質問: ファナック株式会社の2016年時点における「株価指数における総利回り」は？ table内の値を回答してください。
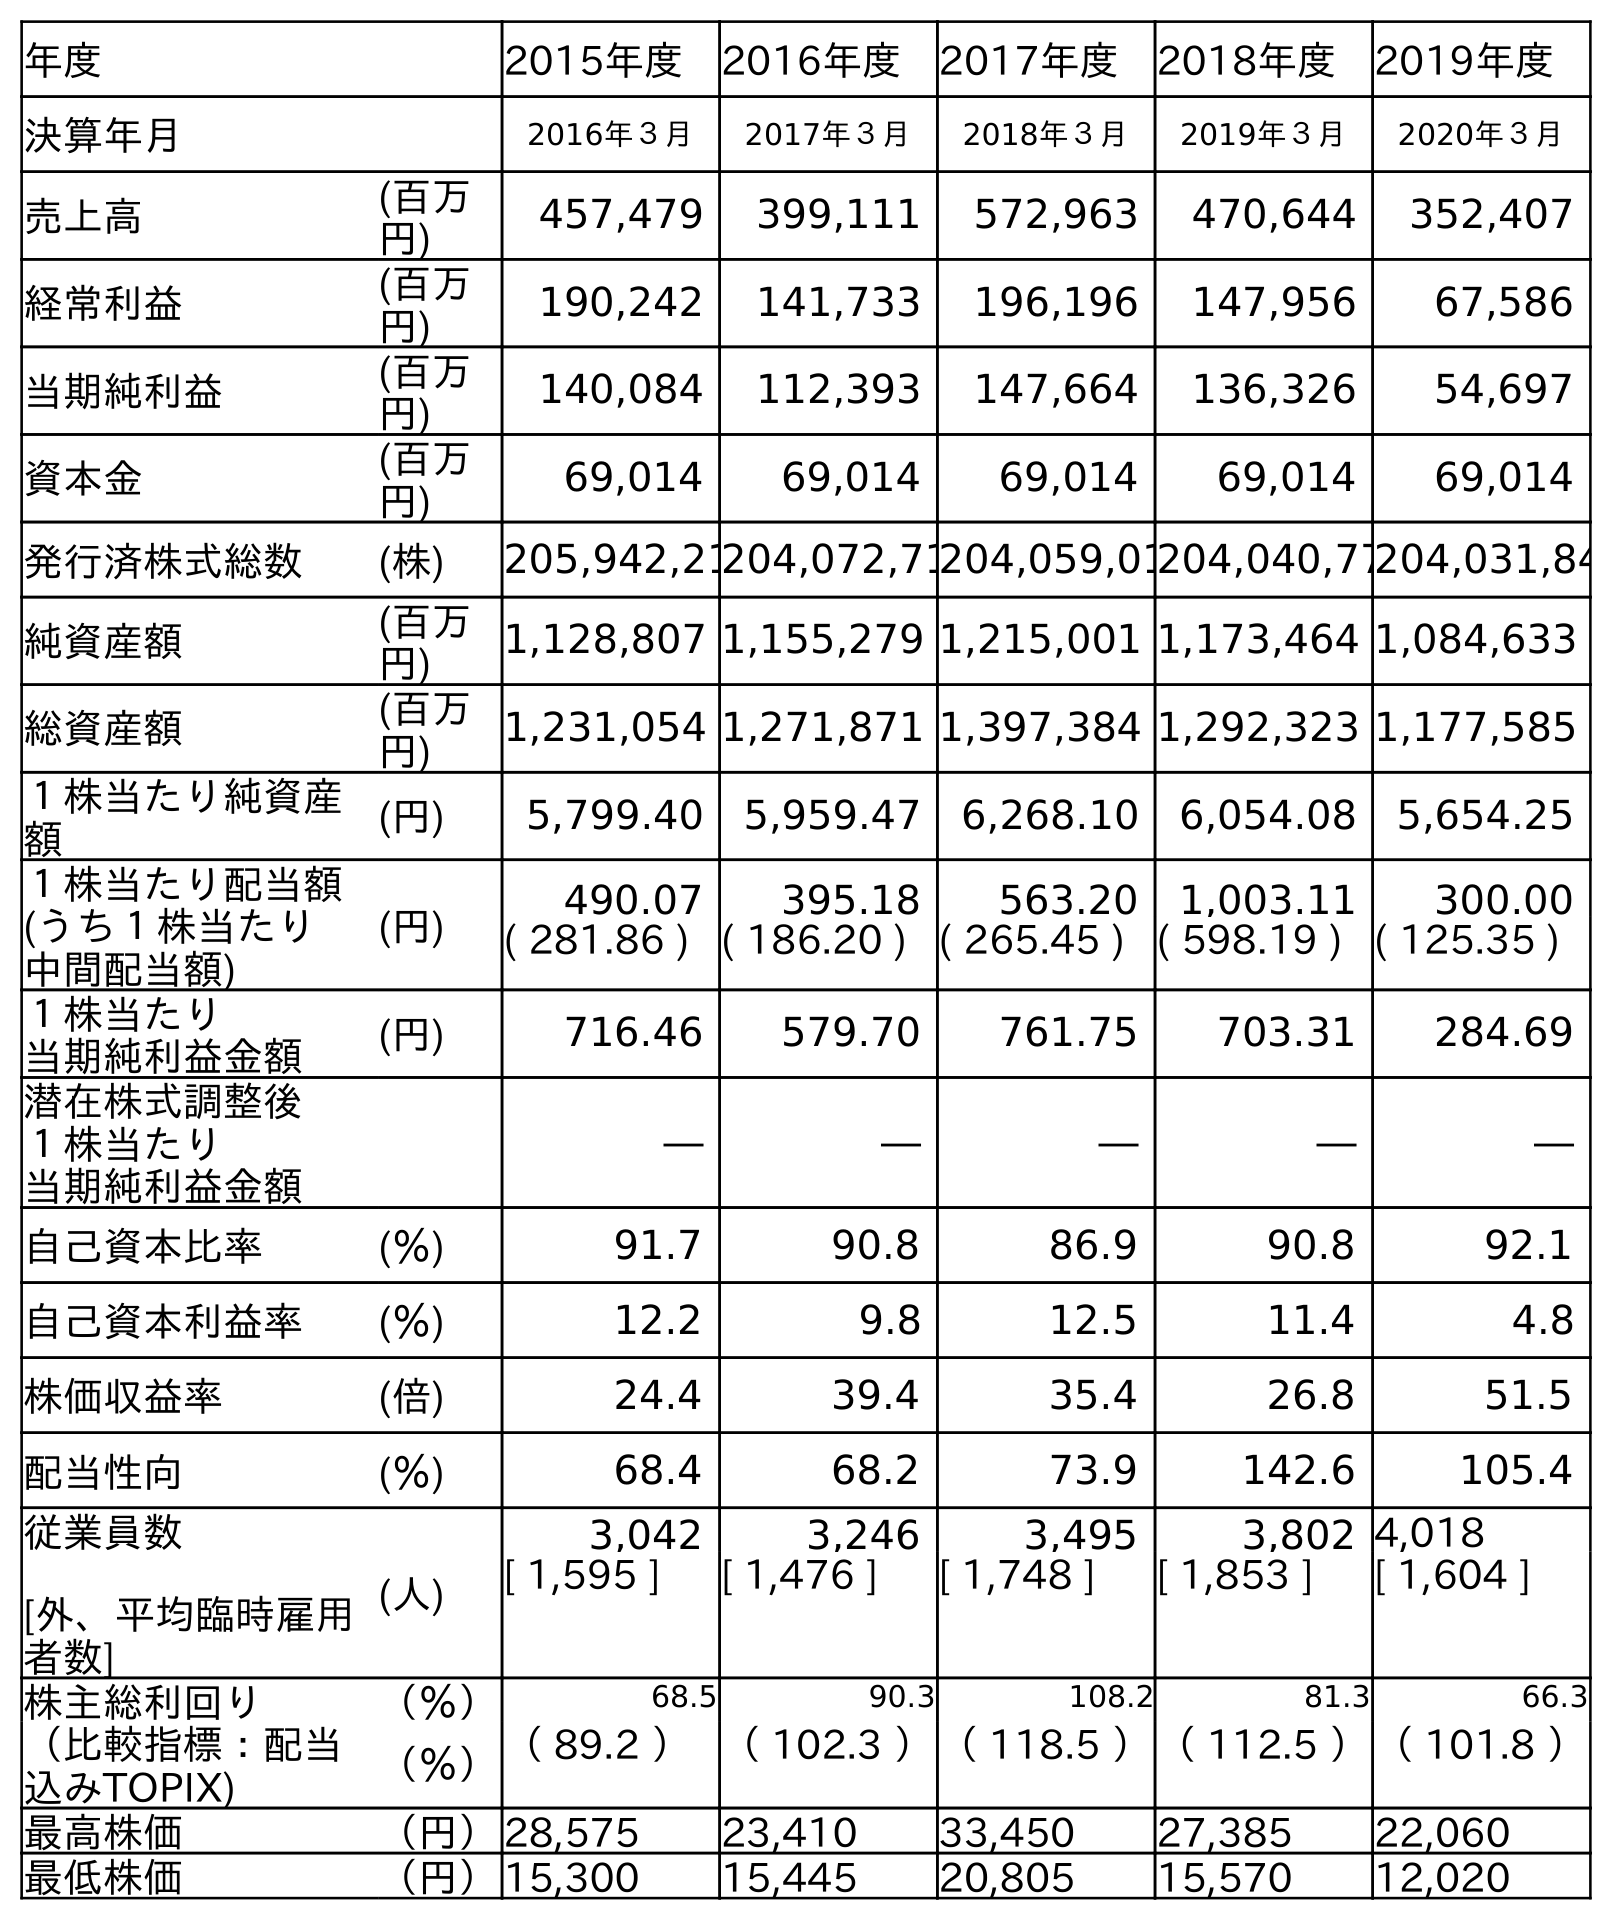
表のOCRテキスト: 年度 2015年度 2016年度 2017年度 2018年度 2019年度 決算年月 2016年３月 2017年３月 2018年３月 2019年３月 2020年３月 売上高 (百万 円) 457,479 399,111 572,963 470,644 352,407 経常利益 (百万 円) 190,242 141,733 196,196 147,956 67,586 当期純利益 (百万 円) 140,084 112,393 147,664 136,326 54,697 資本金 (百万 円) 69,014 69,014 69,014 69,014 69,014 発行済株式総数 (株) 205,942,21204,072,71204,059,01204,040,77204,031,84 純資産額 (百万 円) 1,128,807 1,155,279 1,215,001 1,173,464 1,084,633 総資産額 (百万 円) 1,231,054 1,271,871 1,397,384 1,292,323 1,177,585 １株当たり純資産 額 (円) 5,799.40 5,959.47 6,268.10 6,054.08 5,654.25 １株当たり配当額 (うち１株当たり 中間配当額) (円) 490.07 395.18 563.20 1,003.11 300.00 ( 281.86 ) ( 186.20 ) ( 265.45 ) ( 598.19 ) ( 125.35 ) １株当たり 当期純利益金額 (円) 716.46 579.70 761.75 703.31 284.69 潜在株式調整後 １株当たり 当期純利益金額 ― ― ― ― ― 自己資本比率 (％) 91.7 90.8 86.9 90.8 92.1 自己資本利益率 (％) 12.2 9.8 12.5 11.4 4.8 株価収益率 (倍) 24.4 39.4 35.4 26.8 51.5 配当性向 (％) 68.4 68.2 73.9 142.6 105.4 従業員数 [外、平均臨時雇用 者数] (人) 3,042 3,246 3,495 3,802 4,018 [ 1,595 ] [ 1,476 ] [ 1,748 ] [ 1,853 ] [ 1,604 ] 株主総利回り （％） 68.5 90.3 108.2 81.3 66.3 （比較指標：配当 込みTOPIX) （％）（ 89.2 ）（ 102.3 ）（ 118.5 ）（ 112.5 ）（ 101.8 ） 最高株価 （円）28,575 23,410 33,450 27,385 22,060 最低株価 （円）15,300 15,445 20,805 15,570 12,020
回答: （89.2）